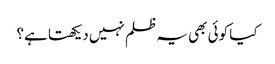
کیا کوئی بھی یہ ظلم نہیں دیکھتا ہے؟